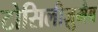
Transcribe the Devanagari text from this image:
टोसिलीज़ुमैब